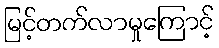
မြင့်တက်လာမှုကြောင့်